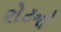
રોટનો